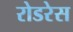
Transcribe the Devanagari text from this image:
रोडरेस